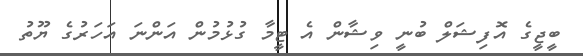
ބީޖީގެ އޮފިޝަލް ބުނީ ވިޝާން އެ ޓީމާ ގުޅުމުން އަންނަ އަހަރުގެ ޔޫތު